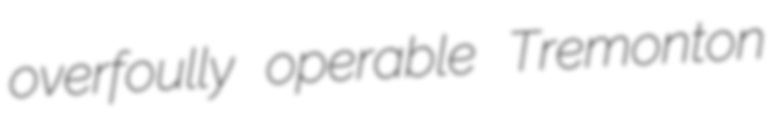
overfoully operable Tremonton